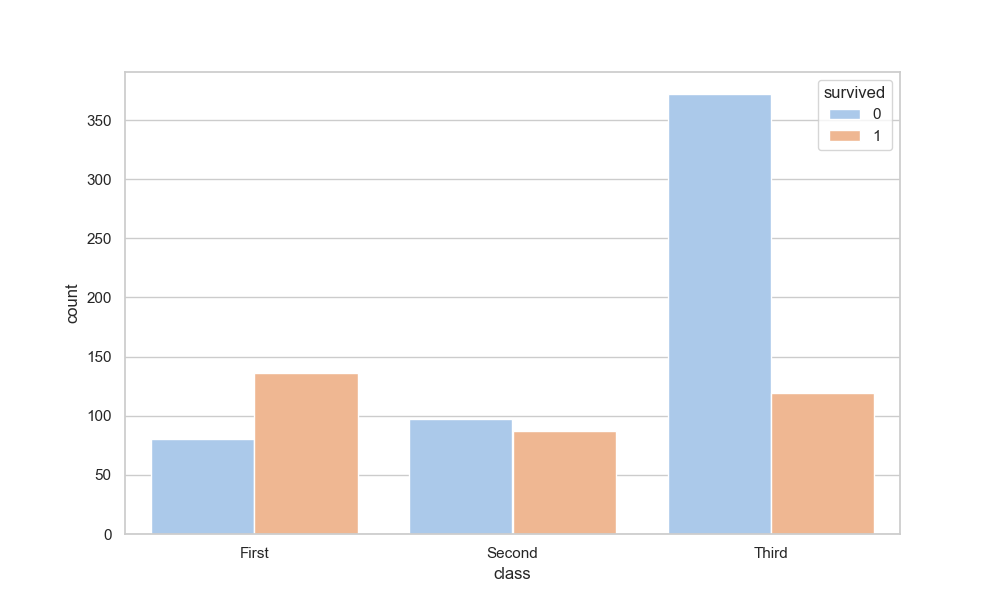
python, seaborn, countplot, x='class', palette='pastel', hue='survived'